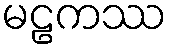
မဠကဿ